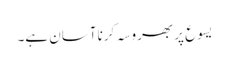
یسوع پر بھروسہ کرنا آسان ہے۔